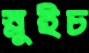
স্লুইচ